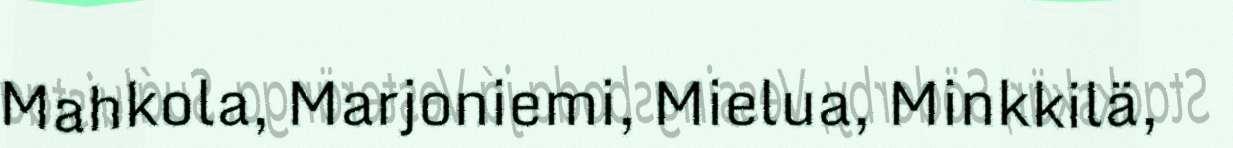
Mahkola, Marjoniemi, Mielua, Minkkilä,